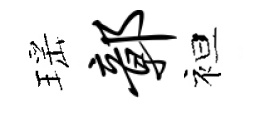
瑶鄣袒